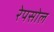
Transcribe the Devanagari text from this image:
रेपसोल